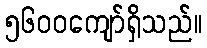
၅၆၀၀ကျော်ရှိသည်။